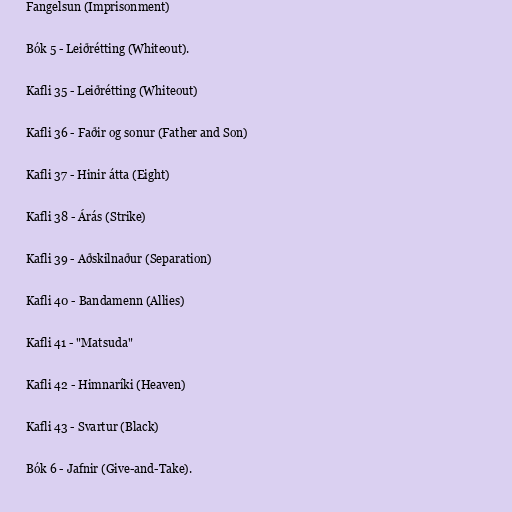
Fangelsun (Imprisonment)

Bók 5 - Leiðrétting (Whiteout).

Kafli 35 - Leiðrétting (Whiteout)

Kafli 36 - Faðir og sonur (Father and Son)

Kafli 37 - Hinir átta (Eight)

Kafli 38 - Árás (Strike)

Kafli 39 - Aðskilnaður (Separation)

Kafli 40 - Bandamenn (Allies)

Kafli 41 - "Matsuda"

Kafli 42 - Himnaríki (Heaven)

Kafli 43 - Svartur (Black)

Bók 6 - Jafnir (Give-and-Take).